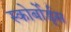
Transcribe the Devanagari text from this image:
स्कोर्बोर्ड्स